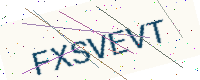
Text: FXSVEVT